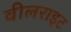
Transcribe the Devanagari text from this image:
वीलराइट